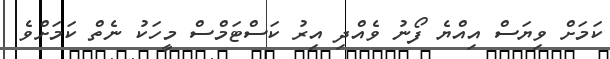
ކަމަށް ވިޔަސް އިއްޔެ ފޯނު ވެއްދި އިރު ކަސްޓަމްސް މީހަކު ނެތް ކަމަށްވެ